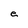
Character: e